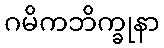
ဂမိကဘိက္ခုနာ